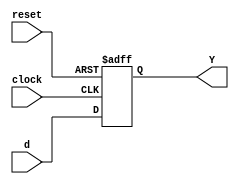
module ff_D(input wire clock,reset,input wire d,output reg Y); //Flip flop tipo d
  always @ (posedge clock, posedge reset) begin
    if(reset) begin
      Y <= 1'b0;
    end
    else
      Y <= d;
    end
endmodule

module FSM_Mealy(input wire A, B,clock, reset,output wire S0, S1, S0F, S1F, Y); //Ejercicio 1

    wire S11, S00; //Variables internas

    assign S0F = (~S11 & ~S00 & A);   //Determinar valores para los estados
    assign S1F = ((S00 & B) | (S11 & A & B));

    ff_D G1(clock, reset,S1F, S11); //Flip flop tipo d para obtener los siguientes estados
    ff_D G2(clock, reset,S0F, S00);
    assign S0 = S00;
    assign S1 = S11;
    assign Y = (S11 & A & B); //Salida

endmodule

module FSM_Moore(input wire A, input wire clock, reset, output wire S0, S1, S2, S0F, S1F, S2F, Y1, Y2, Y3); //Ejercicio 3
    wire S00, S11, S22;//Variables internas

    assign S0F = ~S00; //Determinar valores  para estados
    assign S1F = (~S11 & ~S00 & ~A) | (S11 & S0 & ~A) | (S11 & ~S00 & A) | (~S11 & S00 & A);
    assign S2F = (S22 & S11 & ~A) | (S22 & ~S00 & A) | (S22 & ~S11 & S00) | (~S22 & S11 & S00 & A);

    ff_D G1(clock, reset, S0F, S00);//Flip flop tipo d para obtener los siguientes estados
    ff_D G2(clock, reset, S1F, S11);
    ff_D G3(clock, reset, S2F, S22);
    assign S0 = S00;
    assign S1 = S11;
    assign S2 = S22;

    assign Y3 = S22; //Salida de 3 bits
    assign Y2 = (~S22 & S11) | (S22 & ~S11);
    assign Y1 = (S11 & ~S00) | (~S11 & S00);

endmodule